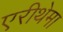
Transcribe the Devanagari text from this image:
एरीथेमा